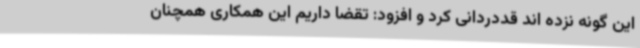
این گونه نزده اند قددردانی کرد و افزود: تقضا داریم این همکاری همچنان